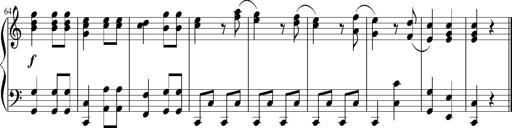
Title: 12 Sonatinas for Piano
Composer: Johann Baptist Vanhal